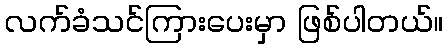
လက်ခံသင်ကြားပေးမှာ ဖြစ်ပါတယ်။